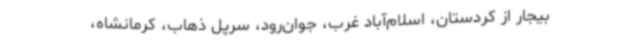
بیجار از کردستان، اسلام‌آباد غرب، جوان‌رود، سرپل ذهاب، کرمانشاه،